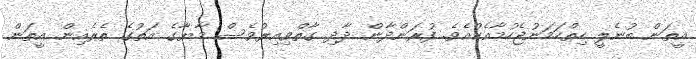
އީތަން ބުނެލީ ހިތްހަމަނުޖެހުމާއެކުއެވެ. ފުރަންދާން ދާދި ގާތްވިއިރުވެސް މާޔާގެ އަތުގެ ތެރެއިން އީތަން